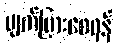
ပျက်ပြားစေရန်